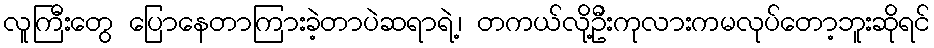
လူကြီးတွေ ပြောနေတာကြားခဲ့တာပဲဆရာရဲ့၊ တကယ်လို့ဦးကုလားကမလုပ်တော့ဘူးဆိုရင်